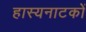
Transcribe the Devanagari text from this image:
हास्यनाटकों